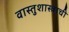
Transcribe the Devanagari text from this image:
वास्तुशास्त्राची